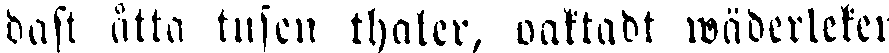
dast åtta tusen thaler, oaktadt wäderleker